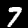
Label: 7